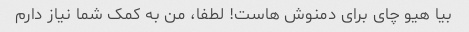
بیا هیو چای برای دمنوش هاست! لطفا، من به کمک شما نیاز دارم